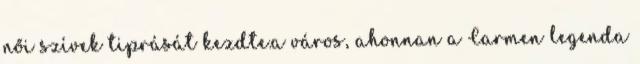
női szívek tiprását kezdte.a város, ahonnan a Carmen legenda